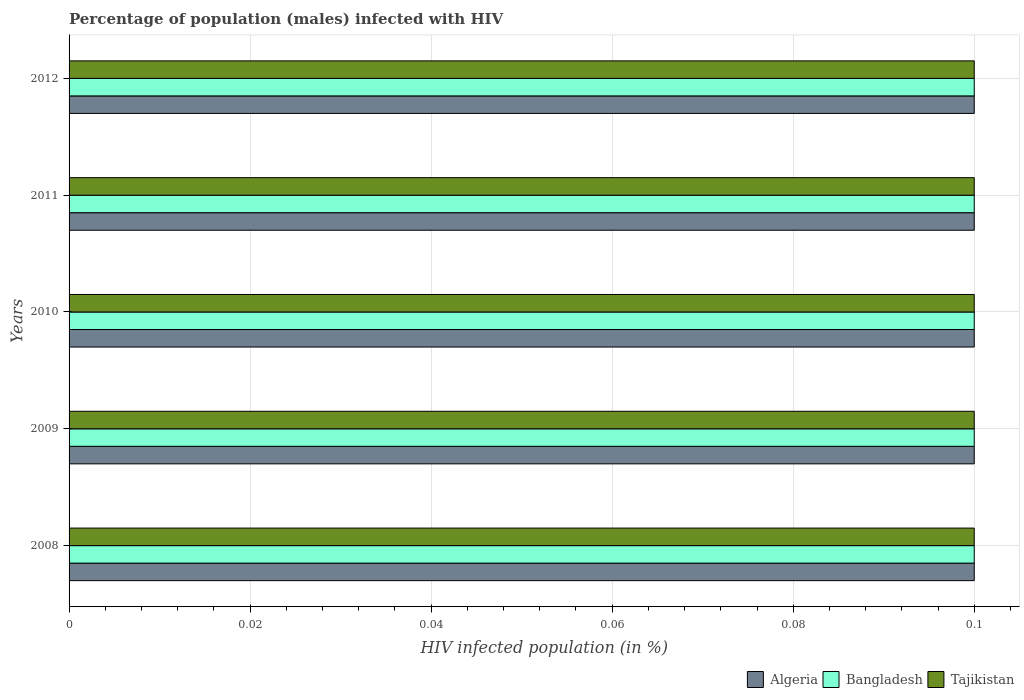
| Years | Algeria | Bangladesh | Tajikistan |
 | --- | --- | --- | --- |
 | 2008 | 0.1 | 0.1 | 0.1 |
 | 2009 | 0.1 | 0.1 | 0.1 |
 | 2010 | 0.1 | 0.1 | 0.1 |
 | 2011 | 0.1 | 0.1 | 0.1 |
 | 2012 | 0.1 | 0.1 | 0.1 |